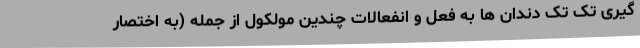
گیری تک تک دندان ها به فعل و انفعالات چندین مولکول از جمله (به اختصار